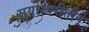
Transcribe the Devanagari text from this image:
सुयोग्यरीतीने